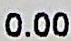
0.00